Statistical return of the lunatic asylum in Assam - 1912-1932
Year: 1912
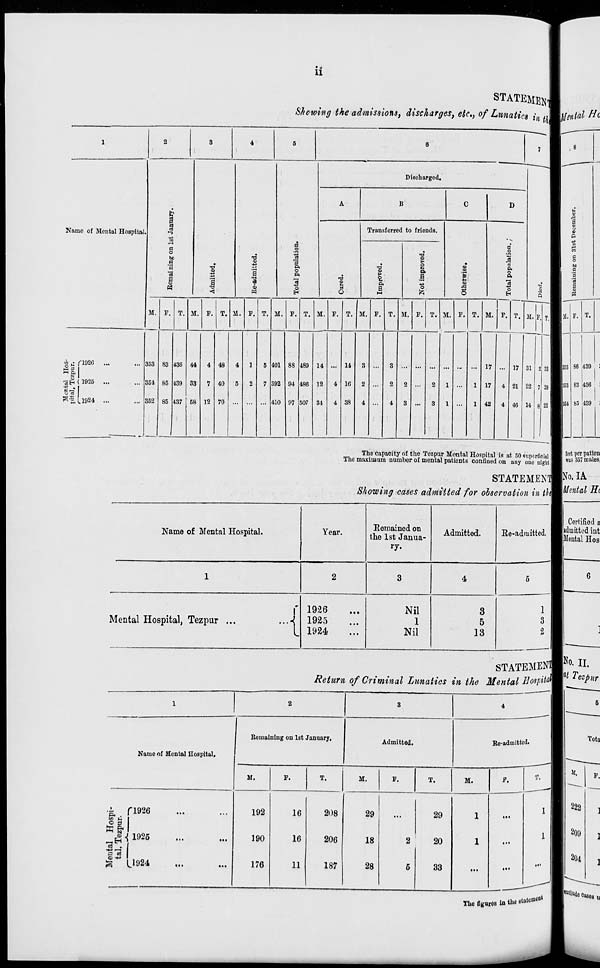
ii
STATEMENT
Showing the admissions, discharges, etc., of Lunatics *' « «Bj/*»^ ^c
1
2
3
4
5
6
7 1
Discharged.
A
B
0
D
fr
p
Name of Mental Hospital.
•s
Transferred to friends.
.-,
0
a
a
o
o
o
-a
t>0
3
'3
f
QJ
3
|
P.
o
T3
>
o
a
1
a
"3
c
o
a
P.
t*
a
a.
a
T3
tj
£
H
a
I
<«
£
Pi
*>
A
■
•o , j
P3
*o
Q
o
0
a
o
<
j n
H
o
HH
&
o
fc-
5 ;
M. P, J I 1
M. P. T. 31. P. T. U. P. T. M. P. T. M. P. T. M. P. T. M. P. T. M. P. T. M. p. T.
* u nose
353 83 436 14
4 48
4
l
5 4 01 88 489 14
11
3
3
17
17 31 2 331
&&
H i
■s£ < 1925 ...
351 65 439 33
7 40 5
2
7 3 92 94 486 12
4 16
2
2
2 ...
2
1 ...
1 17
4 21 22 7 291
!i
S-I.L1924
852 85 437 58 12 70
... 4 .10 97 507 34
4 38
4
4
3
3
1
1 42
4 46 14 8 221
The capacity of the Tozpur Montal Hospital is at 50 superficial
The max num n number of mental patients conQnec 1 on any one night
STATEMENT
Showing cases admitted for observation in th
Name of Mental Hospital.
Year.
Eemained on
the 1st Janua-
ry-
Admitted.
Ee-admitted.
1
2
3
4
5
Mental Hospital, Tezpur ...
...A
1926
1925
1924
Nil
1
Nil
3
5
13
1
3
%
STATEMENT
Return of Criminal Lunatics in the Mental Sosptm
Name of Mental Hospital.
Remaining on 1st January.
Admitted.
Re-admitted.
1926
O 3
ft ft
^{ 1925
1924
51.
T.
192
190
176
16
16
11
208
206
187
M.
P.
T.
M.
P.
29
18
28
29
20
33
1
1
p
w
e
o
tn
a
a
'3
s
I
F. T.
■ssa
439
436
439
feet per patien
was 357 males,
|No. IA
mental Hi
Certified a
admitted int
|Mental Hos
Ho. II.
K
222
209
204
Tota
V.
TUo flguros